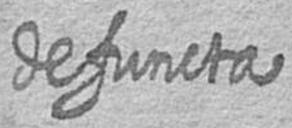
defuncta